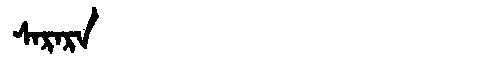
Manchu: ᠰᠠᡵᠠᡵᠠ
Romanization: SARARA